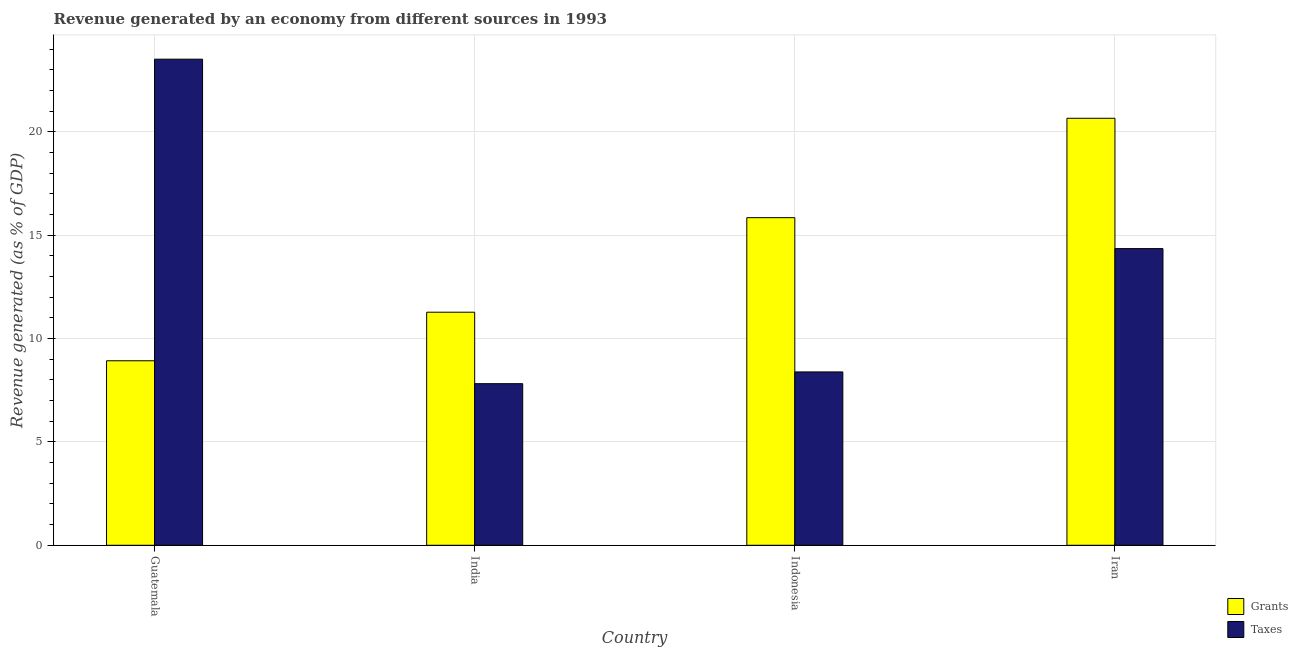
| Country | Grants | Taxes |
 | --- | --- | --- |
 | Guatemala | 8.93 | 23.5 |
 | India | 11.3 | 7.82 |
 | Indonesia | 15.9 | 8.39 |
 | Iran | 20.7 | 14.4 |